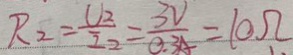
R _ { 2 } = \frac { U _ { 2 } } { I _ { 2 } } = \frac { 3 V } { 0 . 3 4 } = 1 0 \Omega